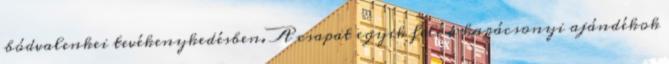
bódvalenkei tevékenykedésben. A csapat egyik fele a karácsonyi ajándékok